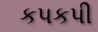
કપકપી